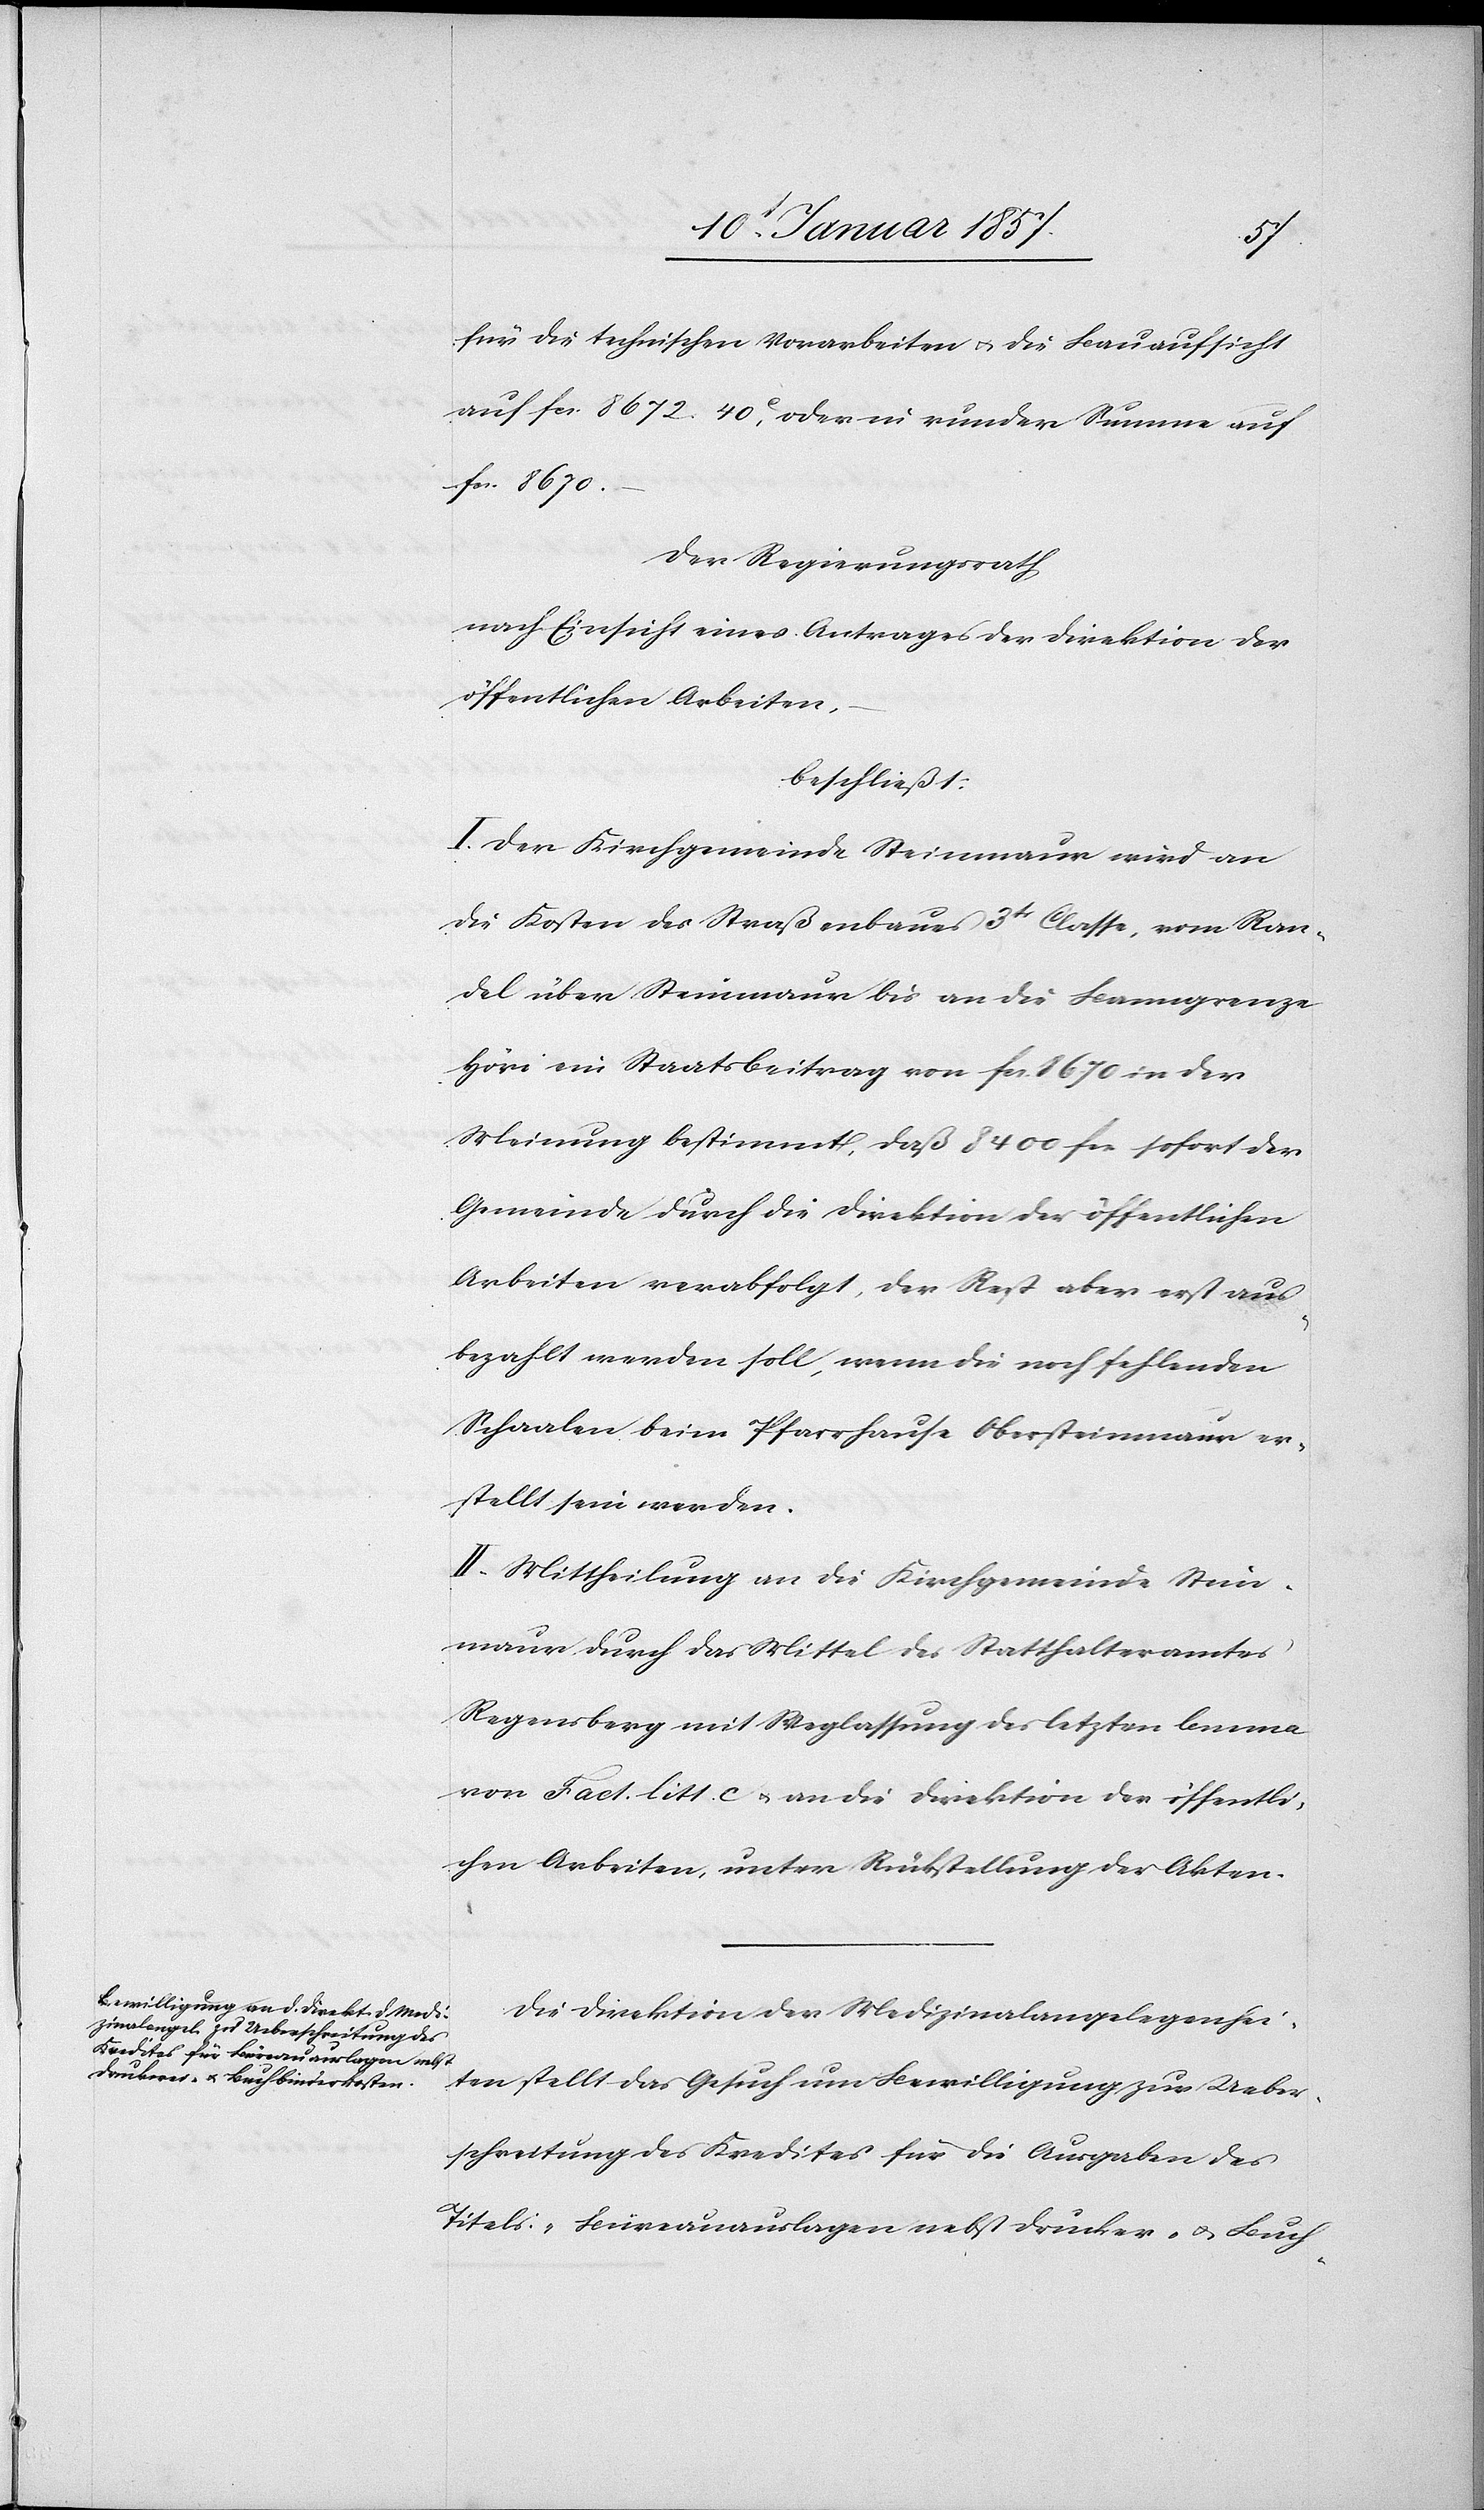
für die technischen Vorarbeiten & die Bauaufsicht
auf fcs. 8672.40 c, oder in runder Summe auf
fr. 8670.–
Der Regierungsrath
nach Einsicht eines Antrages der Direktion der
öffentlichen Arbeiten,–
beschließt:
I. Der Kirchgemeinde Steinmaur wird an
die Kosten des Straßenbaues 3tr Classe, vom Ran¬
del über Steinmaur bis an die Banngrenze
Höri ein Staatsbeitrag von fcs. 8670 in der
Meinung bestimmt, daß 8400 fcs sofort der
Gemeinde durch die Direktion der öffentlichen
Arbeiten verabfolgt, der Rest aber erst aus¬
bezahlt werden soll, wenn die noch fehlenden
Schaalen beim Pfarrhause Obersteinmaur er¬
stellt sein werden.
II. Mittheilung an die Kirchgemeinde Stein¬
maur durch das Mittel des Statthalteramtes
Regensberg mit Weglassung des letzten Lemma
von Fact. litt. c & an die Direktion der öffentli¬
chen Arbeiten, unter Rückstellung der Akten.
Die Direktion der Medizinalangelegenhei¬
ten stellt das Gesuch um Bewilligung zur Ueber¬
schreitung des Kredites für die Ausgaben des
Titels: „Büreauauslagen nebst Drucker- & Buch-